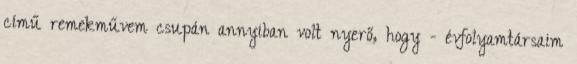
című remekművem csupán annyiban volt nyerő, hogy - évfolyamtársaim